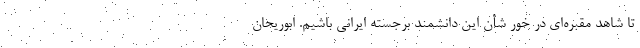
تا شاهد مقبره‌ای در خور شأن این دانشمند برجسته ایرانی باشیم. ابوریحان